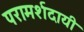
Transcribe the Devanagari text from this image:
परामर्शदायी